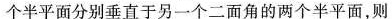
个半平面分别垂直于另一个二面角的两个半平面，则